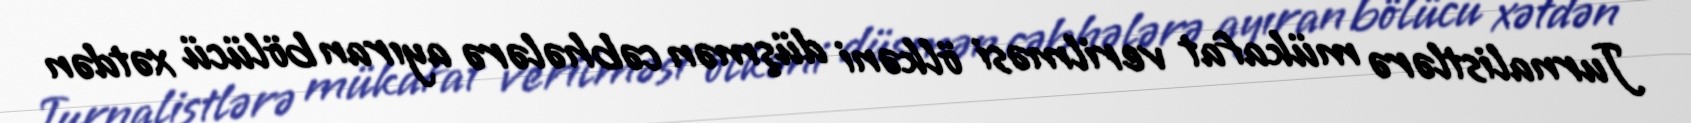
Jurnalistlərə mükafat verilməsi ölkəni düşmən cəbhələrə ayıran bölücü xətdən